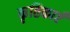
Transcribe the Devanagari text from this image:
कृतिकाएँ